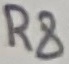
Text: R8